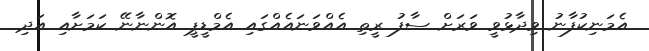
އެމަނިކުފާނު ވިދާޅުވީ ވަރަށް ސާފު ރީތި އެއްވަނައެއްގައި އެމްޑީޕީ އޮންނާނޭ ކަމަށާއި އަދި